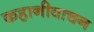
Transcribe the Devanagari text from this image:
कहानीवाचन